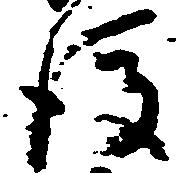
後